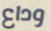
وداع